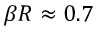
\beta R \approx 0 . 7